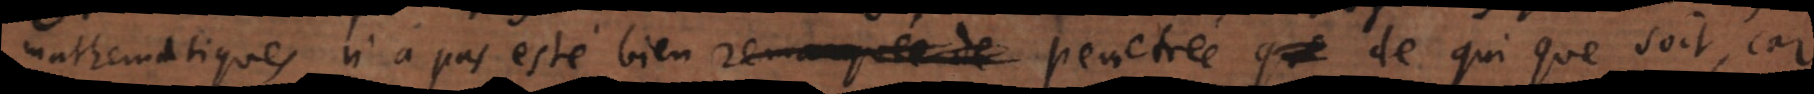
mathematiques n’a pas esté bien remarquée de penetrée de qui que [ce] soit, car